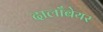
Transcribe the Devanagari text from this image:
दालाँबेयर